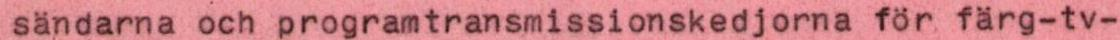
sändarna och programtransmissionskedjorna för färg-tv-